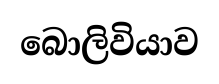
බොලිවියාව